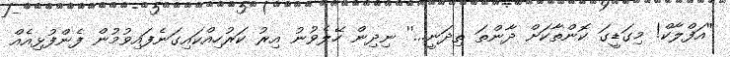
''އަފްލާކް! މިގަޑީގަ ކޮންތާކަށް ދާންތަ ތިދަނީ...'' ނިދިން ހޭލެވުނު އިރު ކަރުހިއްކައިގަނެފައިވުމުން ފެންފުޅިއެއް